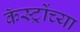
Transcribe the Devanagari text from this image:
कॅस्ट्रोंच्या